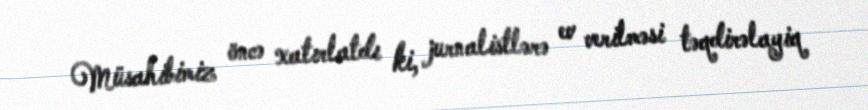
Müsahibimiz öncə xatırlatdı ki, jurnalistlərə ev verilməsi təqdirəlayiq